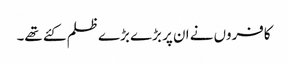
کافروں نے ان پر بڑے بڑے ظلم کئے تھے۔